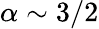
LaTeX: \alpha\sim 3/2